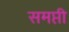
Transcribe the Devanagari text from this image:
समप्ती